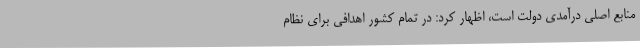
منابع اصلی درآمدی دولت است، اظهار کرد: در تمام کشور اهدافی برای نظام